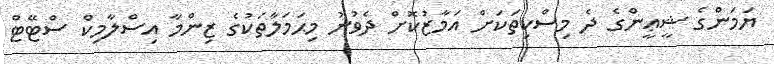
ޔަމަންގެ ޝީޢީންގެ ދެ މިސްކިތަކަށް އަމާޒުކޮށް ދެވުނު މިޙަމަލާތަކުގެ ޒިންމާ އިސްލާމިކް ސްޓޭޓް